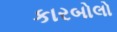
કારબોલો